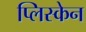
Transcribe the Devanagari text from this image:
प्लिस्केन